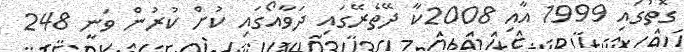
ގޮތުގައި 1999 އާއި 2008ކާ ދޭތެރޭގައި ދަވާއޯގައި ކުށް ކުރުން ވަނީ 248